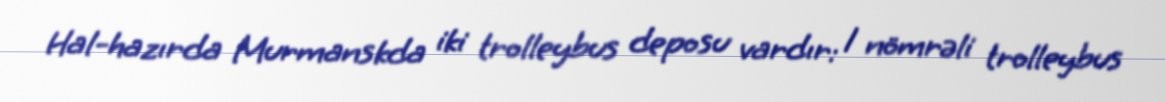
Hal-hazırda Murmanskda iki trolleybus deposu vardır: 1 nömrəli trolleybus